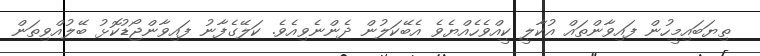
ތިޔަބައިމީހުން ފައިވާންތައް އުކާލީ ކީއްވެހެއްޔެވެ އެބޭކަލުން ދެންނެވިއެވެ. ކަލޭގެފާނު ފައިވާންޖޯޑުކޮޅު ބޭލުއްވިތަން